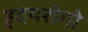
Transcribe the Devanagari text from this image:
हृदयरोगो